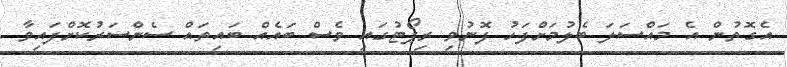
އެގޮތުން އެ މައްސަލަ ބެލުމަށްފަހު ފޮނުވި ރިޕޯޓުގައި ވެސް ބައެއް ބައިތައް ސެންސަރުކޮށްފައިވާ